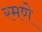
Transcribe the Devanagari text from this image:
रमणे